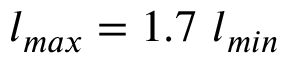
l _ { m a x } = 1 . 7 ~ l _ { m i n }